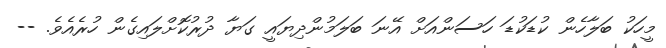
މީހަކު ބަލާހެން ކުޑަކުޑަ ހަސަންއަށް އޭނަ ބަލަމުންދިޔައީ ގަޔާ ދުރުކޮށްލައިގެން ހުރެއެވެ. --